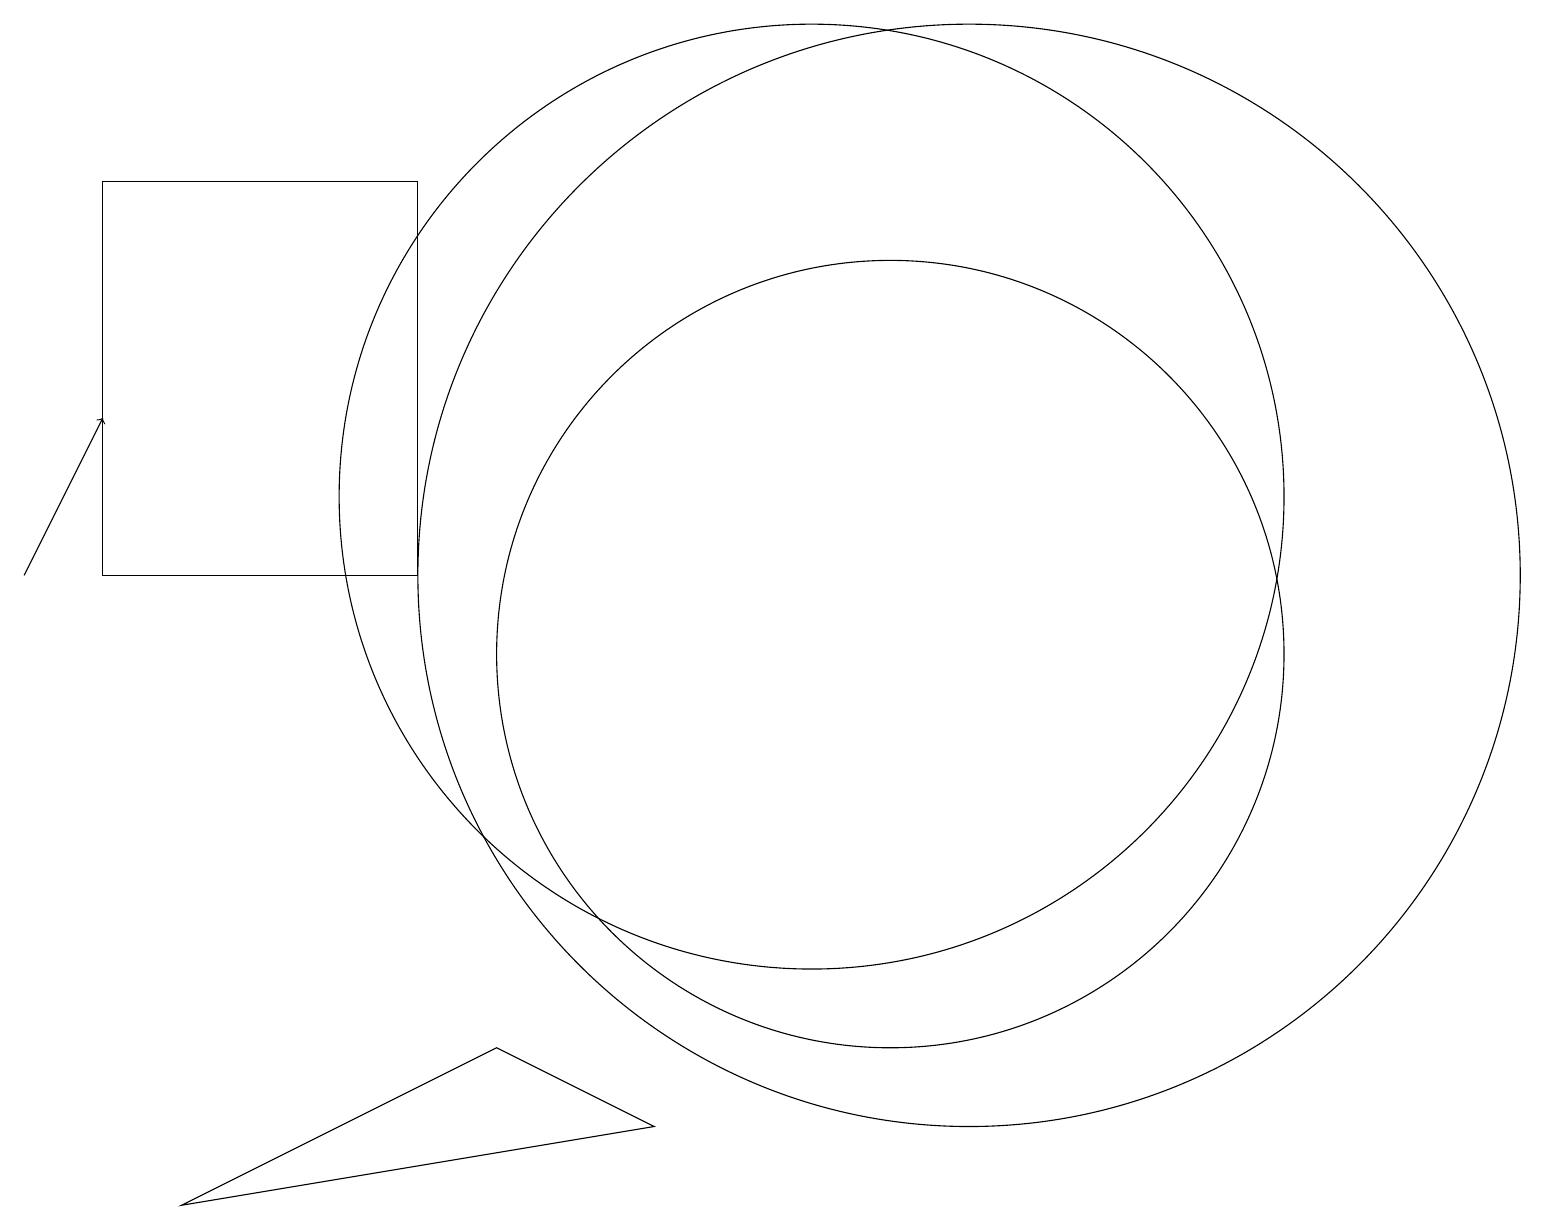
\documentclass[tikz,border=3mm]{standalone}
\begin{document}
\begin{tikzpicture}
\draw (1,16) rectangle (5,11);
\draw (10,12) circle (6);
\draw (12,11) circle (7);
\draw[->] (0,11) -- (1,13);
\draw (6,5) -- (2,3) -- (8,4) -- cycle;
\draw (11,10) circle (5);
\draw (11,12) circle (0);
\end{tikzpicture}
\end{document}